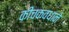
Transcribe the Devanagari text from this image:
कीचकवधाने